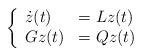
\begin{align*} \left\{ \begin{array}{ll} \dot{z}(t)&=Lz(t)\\ Gz(t)&=Qz(t) \end{array} \right.\end{align*}